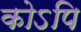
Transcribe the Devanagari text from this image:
कोऽपि